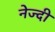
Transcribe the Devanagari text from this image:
नेज्दी